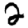
Digit: 2